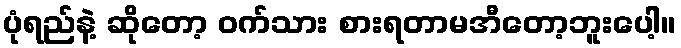
ပုံရည်နဲ့ ဆိုတော့ ဝက်သား စားရတာမအီတော့ဘူးပေါ့။